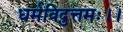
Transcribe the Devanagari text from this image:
धर्मविदुत्तमः।।